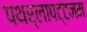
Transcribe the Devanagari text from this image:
पथर्लापट्टनम